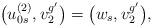
LaTeX: \begin{align*}\big(u_{0s}^{(2)},v_2^{g'}\big)=\big(w_{s},v_2^{g'}\big),\end{align*}